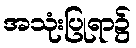
အသုံးပြုရာ၌